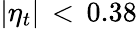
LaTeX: |\eta_{t}|\, <\, 0.38